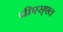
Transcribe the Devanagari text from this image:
पीएस्एल